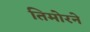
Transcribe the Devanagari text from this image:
तिमोरने